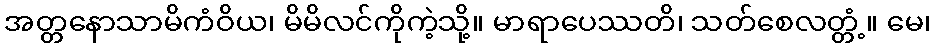
အတ္တနောသာမိကံဝိယ၊ မိမိလင်ကိုကဲ့သို့။ မာရာပေဿတိ၊ သတ်စေလတ္တံ့။ မေ၊